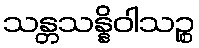
သန္တသန္နိဝါသဉ္စ